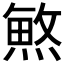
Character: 𱬆